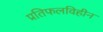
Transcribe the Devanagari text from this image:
प्रतिफलविहीन